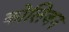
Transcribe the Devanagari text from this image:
कोलिजन